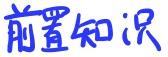
前置知识